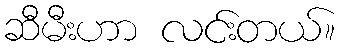
ဆီမီးဟာ လင်းတယ်။